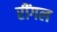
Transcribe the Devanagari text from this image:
रींगल